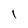
Character: l